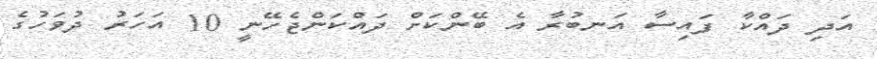
އަދި ދައްކާ ފައިސާ އަނބުރާ އެ ބޭންކަށް ދައްކަންޖެހޭނީ 10 އަހަރު ދުވަހުގެ